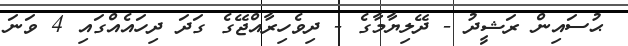
ޙުސައިން ރަޝީދު - ދޭލިޔާމާގެ - ދިވެހިރާއްޖޭގެ ގަދަ ދިހައެއްގައި 4 ވަނަ